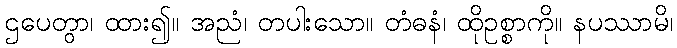
ဌပေတွာ၊ ထား၍။ အညံ၊ တပါးသော။ တံဓနံ၊ ထိုဥစ္စာကို။ နပဿာမိ၊